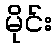
မိုင်း